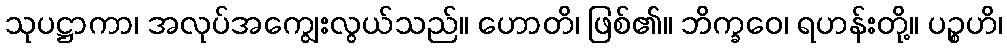
သုပဋ္ဌာကာ၊ အလုပ်အကျွေးလွယ်သည်။ ဟောတိ၊ ဖြစ်၏။ ဘိက္ခဝေ၊ ရဟန်းတို့။ ပဉ္စဟိ၊